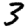
Digit: 3